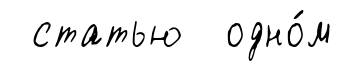
статью одно́м